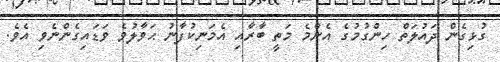
ގުޅިގެން ދައުލަތް ހިންގުމުގެ އެންމެ މަތީ ބާރާއި އެމަނިކުފާނު ޙަވާލުވެ ވަޑައިގެންނެވި އެވެ.